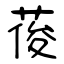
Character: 葰